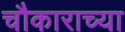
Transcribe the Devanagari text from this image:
चौकाराच्या